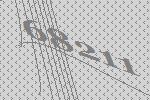
68211